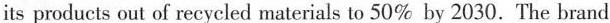
its products out of recycled materials to 50% by 2030. The brand